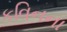
કવિનના